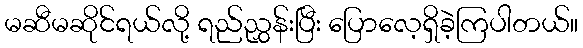
မဆီမဆိုင်ရယ်လို့ ရည်ညွှန်းပြီး ပြောလေ့ရှိခဲ့ကြပါတယ်။